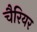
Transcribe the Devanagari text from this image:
चैरियर